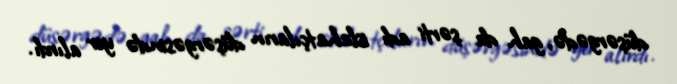
düşərgədə, gah da şərti adı islahatçıların düşərgəsində yer alırdı.